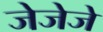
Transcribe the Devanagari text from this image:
जेजेजे